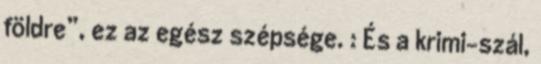
földre”, ez az egész szépsége. : És a krimi-szál,